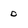
Character: 0